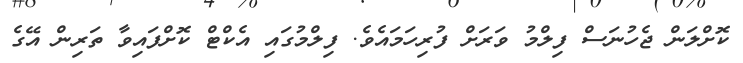
ކޮށްލަން ޖެހުނަސް ފިލްމު ވަރަށް ފުރިހަަމައެވެ. ފިލްމުގައި އެކްޓް ކޮށްފައިވާ ތަރިން އޭގެ